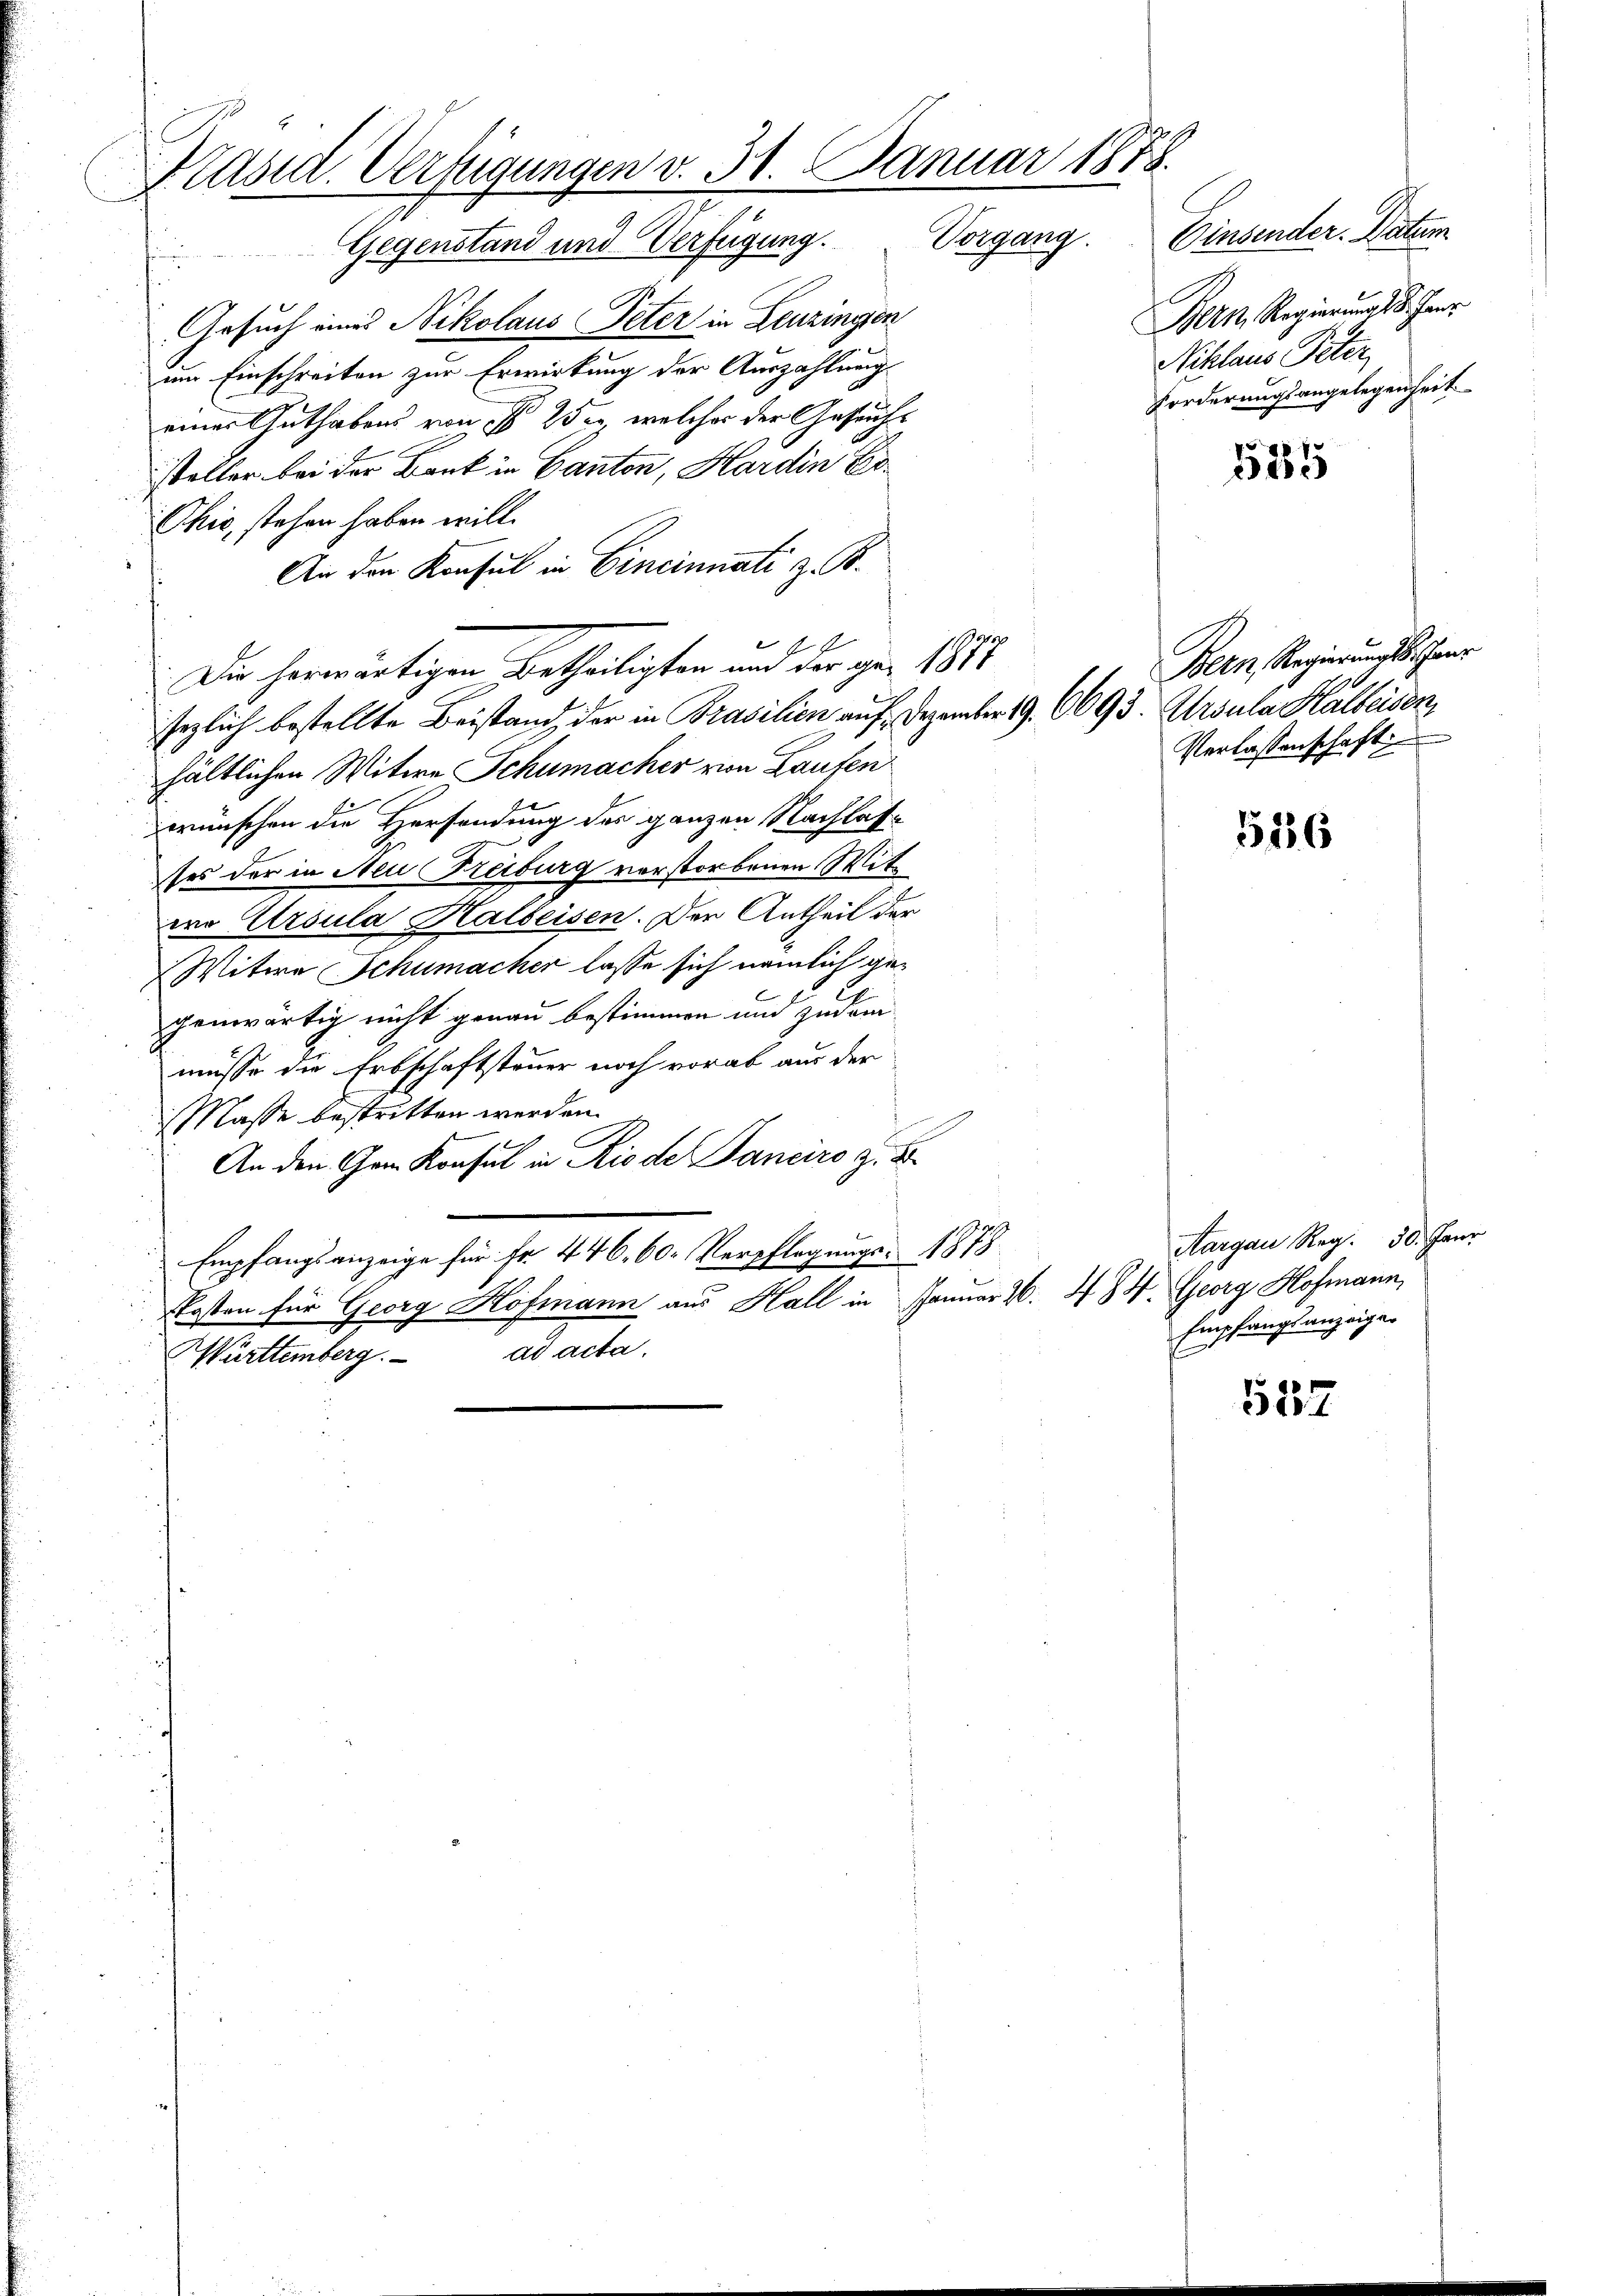
Präsid. Verfügungen v. 31. Januar 1878.
Gegenstand und Verfügung. Vorgang. Einsender. Datum
Bern. Regierung d. Hans
Gesuch eines Nikolaus Peter in Leuzingen
Niklaus Peter,
um Einschreiten zur Erwirkung der Auszahlung
Forderungsangelegenheit
einer Authabens von § 25, welcher der Gesucht
steller bei der Bank in Canton, Hardin Er¬
585

Thić, stehen haben will.
An den Konsul in Cincinnati z. B.
Die herwärtigen Betheiligten und der gar 1882
sezlich bestellte Beistand, der in Prasilien auf Dezember 19. 6693. Ursula Halbeisen,
hältlichen Witwe Schumacher von Laufen
wünschen die Hersendung der ganzen Nachlasse
ses der in Neu Freiburg verstorbenen Witwa Ursula Halbeisen. Der Antheil der
Witwe Schumacher lasse sich nämlich gegenwärtig nicht genau bestimmen und zudem
müsse die Erbschaftsteuer noch vorab aus der
Masse bestritten werden.
An den Cham Konsul in Rio de Sanciro z. B.
Empfangsanzeige für Fr. 446. 60. Verpflegungs- 1878
Posten für Georg Hofmann aus Hall in Januar 20. 434. Georg Hofmann,
Württemberg. ad acta.

Bern Regierung s. Herr
Verlassenschaft

5136

Aargau Reg. 30. Janr
Empfangsanzeigen

557